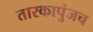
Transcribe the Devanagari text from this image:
तारकापुंजच